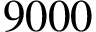
9 0 0 0